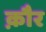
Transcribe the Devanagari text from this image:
क़ौर